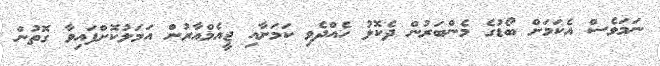
ނަމަވެސް އެކަމަށް ބޯޑުގެ މެންބަރުން ދެކޮޅު ހެއްދެވި ކަމަށާއި ޖީއެމްއާރުން އަމަލުކޮށްފައިވާ ގޮތުން